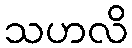
သဟလိ